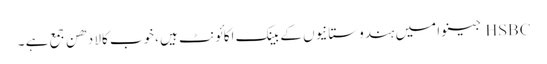
HSBC جینوا میں ہندوستانیوں کے بینک اکائونٹ ہیں ،خوب کالا دھن جمع ہے ۔